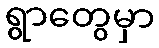
ရွာတွေမှာ